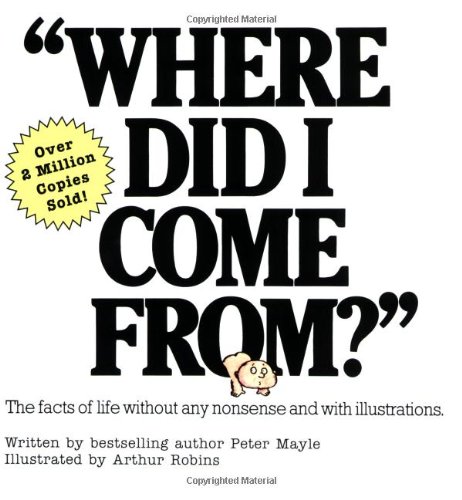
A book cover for Where Did I Come From?; Peter Mayle; Science Fiction & Fantasy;